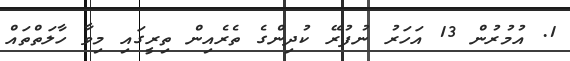
1. އުމުރުން 13 އަހަރު ނުފުރޭ ކުދިންގެ ތެރެއިން ތިރީގައި މިވާ ހާލަތްތައް